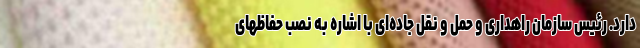
دارد. رئیس سازمان راهداری و حمل و نقل جاده‌ای با اشاره به نصب حفاظهای